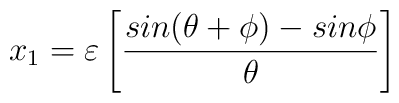
x_1={\varepsilon}\left[\frac{sin({\theta} +{\phi})-sin{\phi}}{{\theta}}\right]